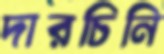
দারচিনি